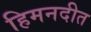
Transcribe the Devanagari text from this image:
हिमनदीत